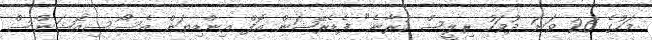
މަހުގެ 26 ވަނަ ދުވަހު ރިލީސް ކުރާނެ" ފެޑެރޭޝަން އޮފް އިންޑިޔަން އެސޯސިއޭޝަންސް